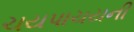
ચયપાચયની